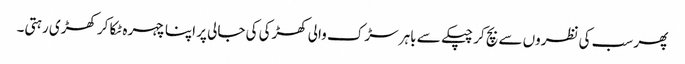
پھر سب کی نظروں سے بچ کر چپکے سے باہر سڑک والی کھڑکی کی جالی پر اپنا چہرہ ٹکا کر کھڑی رہتی۔